Vaccine operations Central Provinces & Berar 1922-1929 - 1922-1929
Year: 1922
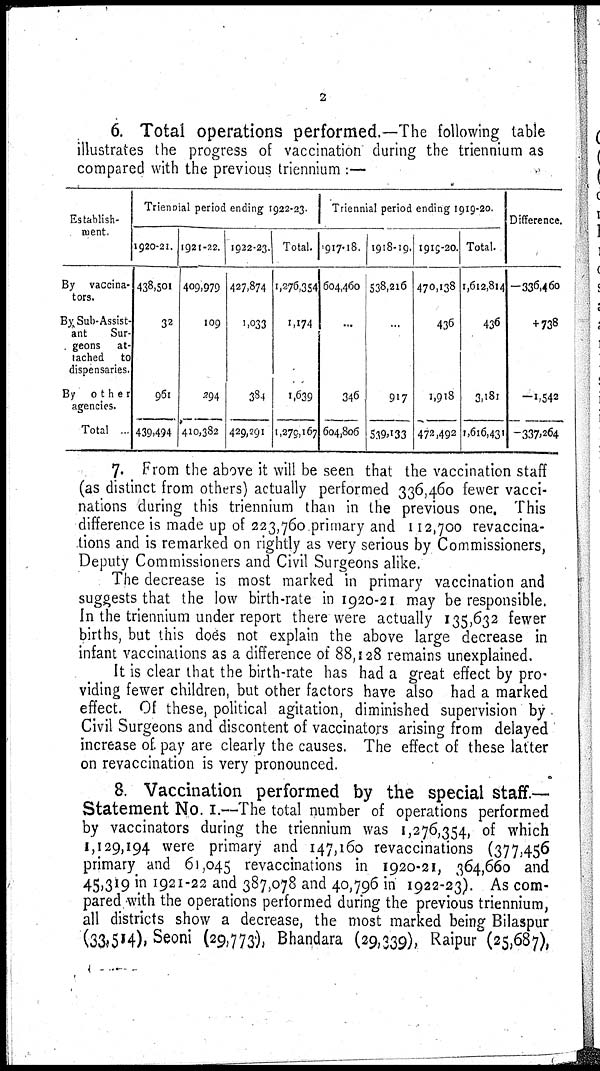
2
6. Total operations performed.—The following table
illustrates the progress of vaccination during the triennium as
compared with the previous triennium :—
Establish-
ment.
By vaccina¬
tors.
By Sub-Assist-
ant
Sur-
geons
at-
tached
to
dispensaries.
By
other
agencies.
Total ...
Triennial period ending 1922-23.
1920-21.
438,501
32
961
439,494
l921-22.
409,979
109
294
410,382
1922-23.
427,874
1,033
384
429,291
Total.
1,276,354
1,174
1,639
1,279,167
Triennial period ending 1919-20.
1917-18.
604,460
...
346
604,806
1918-19.
538,2l6
...
917
539,133
1919-20.
470,138
436
1,918
472,492
Total.
1,612,814
436
3,181
1,616,431
Difference.
—336,460
+ 738
—1,542
—337,264
7. From the above it will be seen that the vaccination staff
(as distinct from others) actually performed 336,460 fewer vacci-
nations during this triennium than in the previous one. This
difference is made up of 223,760 primary and 112,700 revaccina¬
tions and is remarked on rightly as very serious by Commissioners,
Deputy Commissioners and Civil Surgeons alike.
The decrease is most marked in primary vaccination and
suggests that the low birth-rate in 1920-21 may be responsible.
In the triennium under report there were actually 135,632 fewer
births, but this does not explain the above large decrease in
infant vaccinations as a difference of 88,128 remains unexplained.
It is clear that the birth-rate has had a great effect by pro¬
viding fewer children, but other factors have also had a marked
effect. Of these, political agitation, diminished supervision by
Civil Surgeons and discontent of vaccinators arising from delayed
increase of. pay are clearly the causes. The effect of these latter
on revaccination is very pronounced.
8. Vaccination performed by the special staff.—
Statement No. I.—The total number of operations performed
by vaccinators during the triennium was 1,276,354, of which
1,129,194 were primary and 147,160 revaccinations (377,456
primary and 61,045 revaccinations in 1920-21, 364,660 and
45,319 in 1921-22 and 387,078 and 40,796 in 1922-23). As com-
pared with the operations performed during the previous triennium,
all districts show a decrease, the most marked being Bilaspur
(33,514), Seoni (29,773), Bhandara (29,339), Raipur (25,687),